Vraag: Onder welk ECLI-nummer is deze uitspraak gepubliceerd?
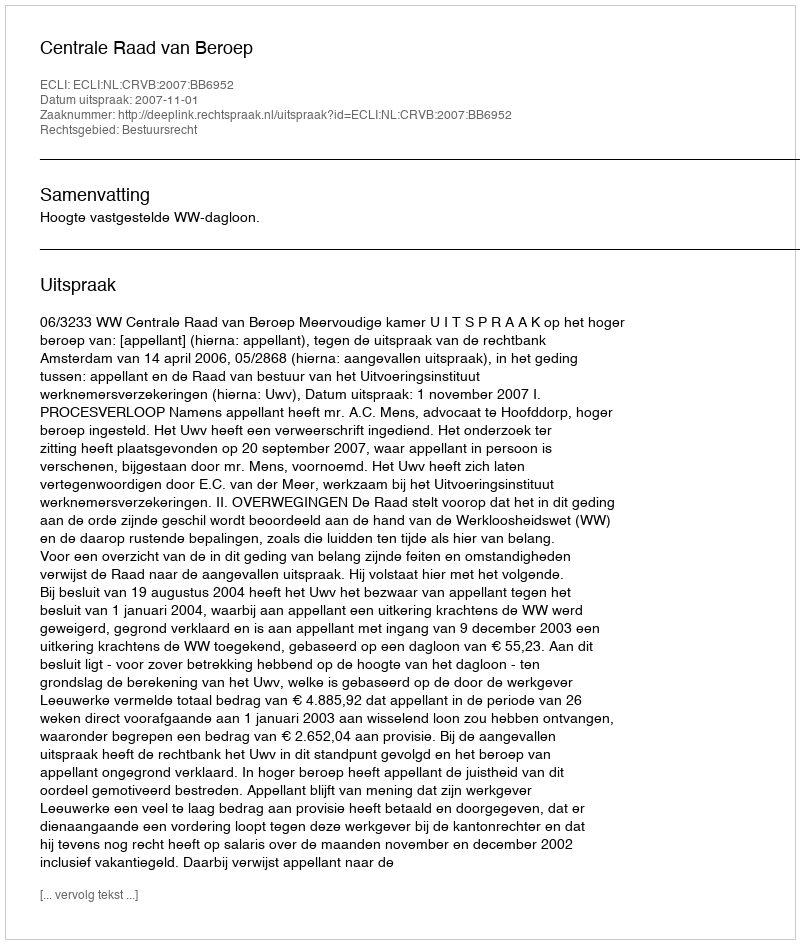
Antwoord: ECLI:NL:CRVB:2007:BB6952